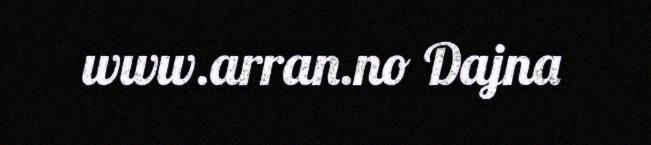
www.arran.no Dajna